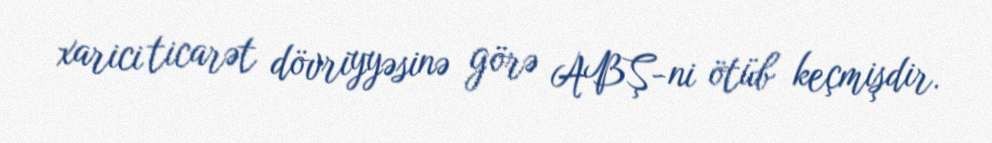
xarici ticarət dövriyyəsinə görə ABŞ-ni ötüb keçmişdir.